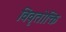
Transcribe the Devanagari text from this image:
विवृतोक्ति